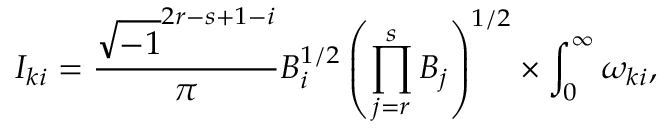
I _ { k i } = \frac { \sqrt { - 1 } ^ { 2 r - s + 1 - i } } { \pi } B _ { i } ^ { 1 / 2 } \left( \prod _ { j = r } ^ { s } B _ { j } \right) ^ { 1 / 2 } \times \int _ { 0 } ^ { \infty } \omega _ { k i } ,